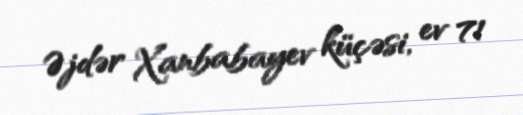
Əjdər Xanbabayev küçəsi, ev 71